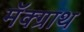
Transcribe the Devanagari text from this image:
मॅक्ग्राथ